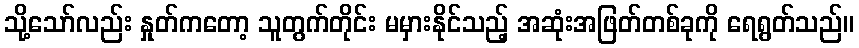
သို့သော်လည်း နှုတ်ကတော့ သူတွက်တိုင်း မမှားနိုင်သည့် အဆုံးအဖြတ်တစ်ခုကို ရေရွတ်သည်။